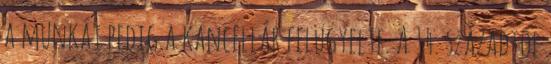
a munkát pedig a kancellár felügyelte. A 14. századtól